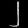
Digit: ၂